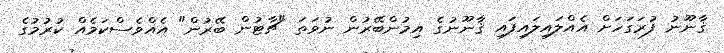
ޤާނޫނު ފުރަގަހަށް އެއްލައިލައިފައި ޤާނޫނުގެ އިމުންބޭރުން ނުވަތަ "ޗާޓުން ބޭރުން" އެއްވެސްކަމެއް ކުރުމުގެ